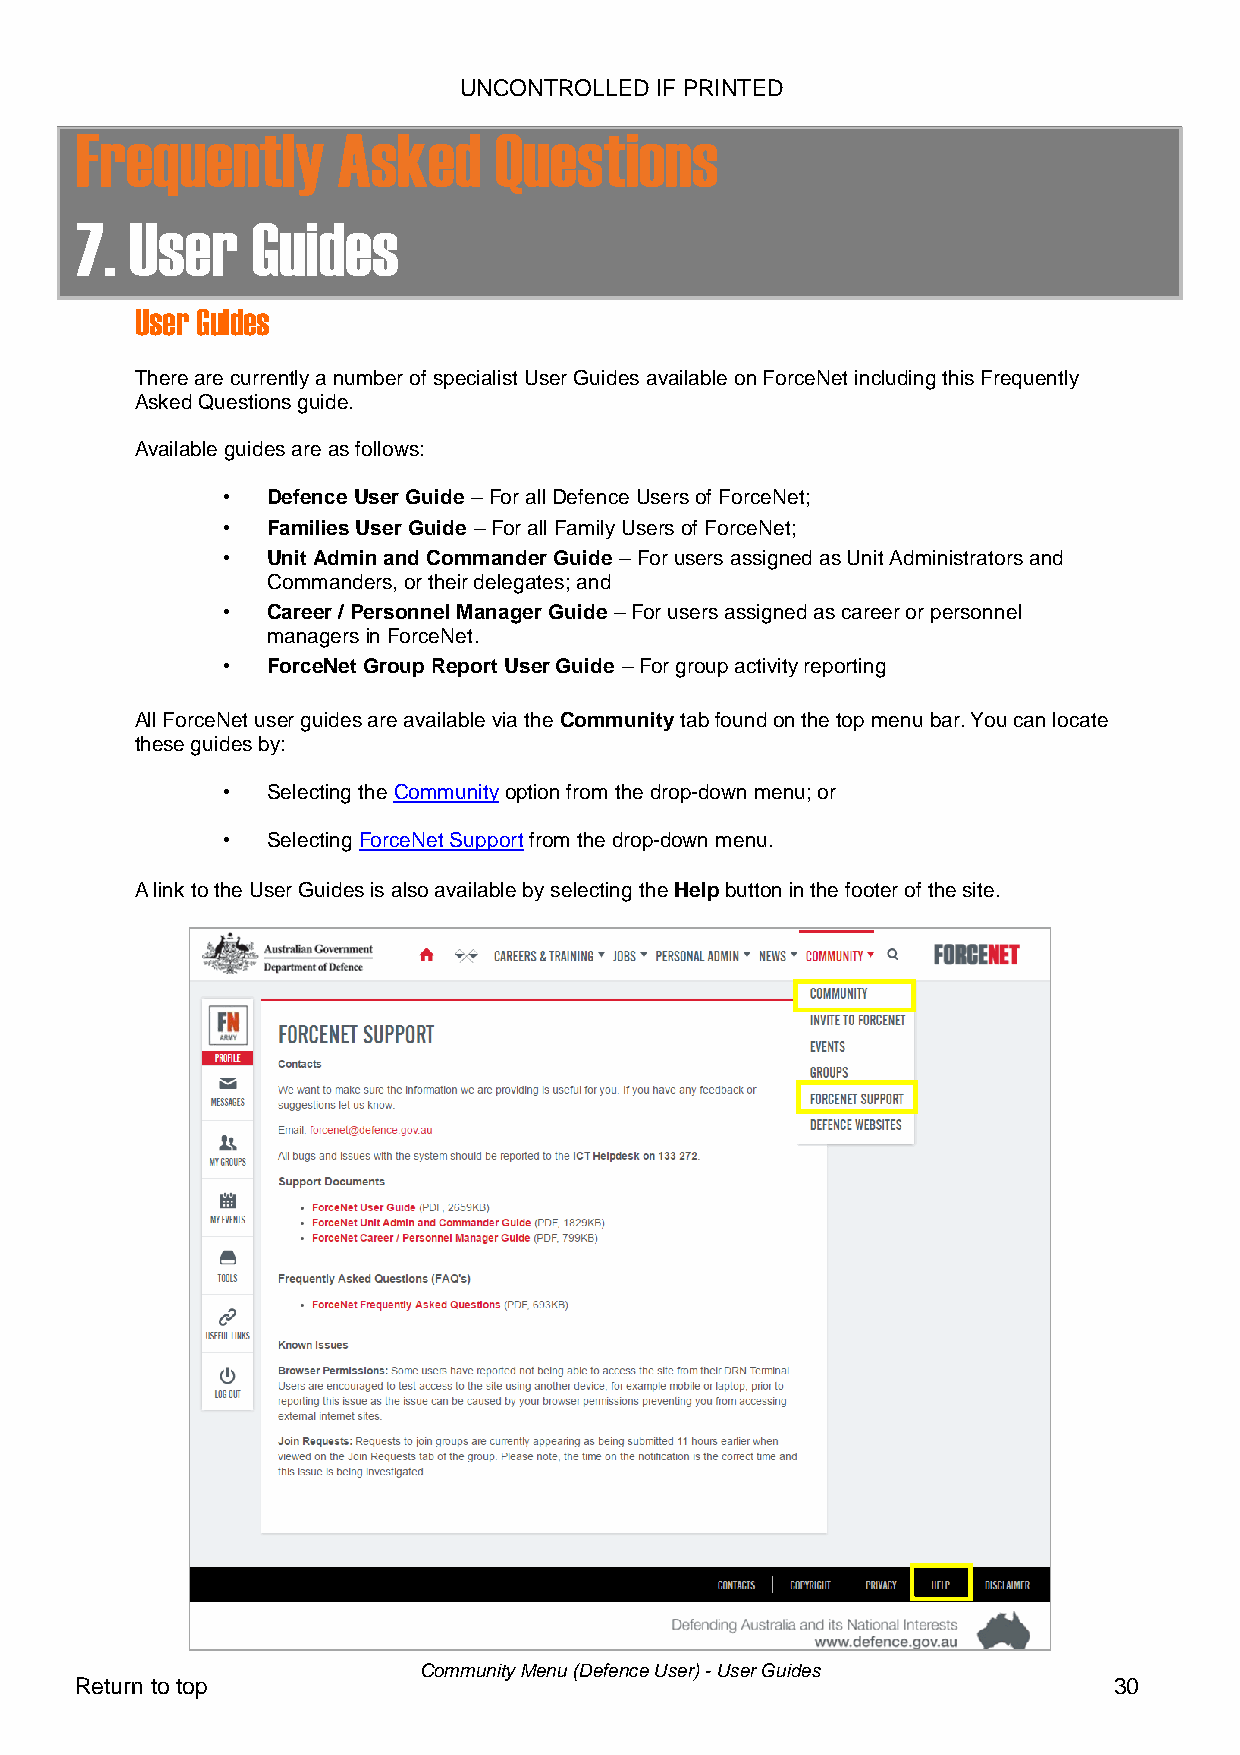
UNCONTROLLED IF PRINTED
 Frequently       Asked      Questions
 7.  User    Guides
 User Guides
 There are currently a number of specialist User Guides available on ForceNet including this Frequently
 Asked Questions guide.
 Available guides are as follows:
 •  Defence User Guide – For all Defence Users of ForceNet;
 •  Families User Guide – For all Family Users of ForceNet;
 •  Unit Admin and Commander Guide – For users assigned as Unit Administrators and
 Commanders, or their delegates; and
 •  Career / Personnel Manager Guide – For users assigned as career or personnel
 managers in ForceNet.
 •  ForceNet Group Report User Guide – For group activity reporting
 All ForceNet user guides are available via the Community tab found on the top menu bar. You can locate
 these guides by:
 •  Selecting the Community option from the drop-down menu; or
 •  Selecting ForceNet Support from the drop-down menu.
 A link to the User Guides is also available by selecting the Help button in the footer of the site.
 Community Menu (Defence User) - User Guides
 Return to top                                                        30